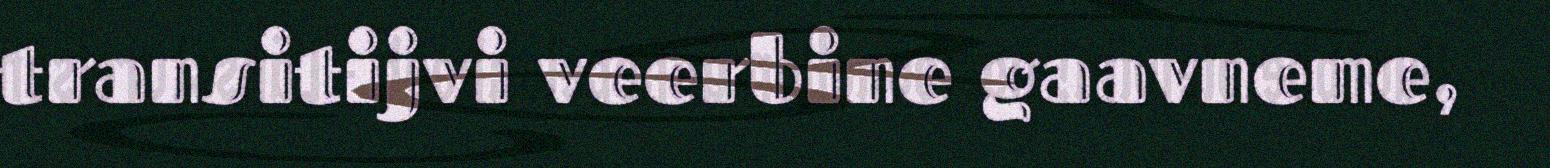
transitijvi veerbine gaavneme,